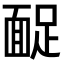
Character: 𩈤